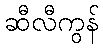
ဆီလီကွန်